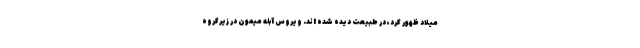
میلاد ظهور کرد، در طبیعت دیده شده اند. ویروس آبله میمون در زیرگروه